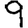
Digit: 9